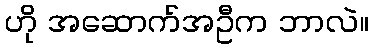
ဟို အဆောက်အဦက ဘာလဲ။